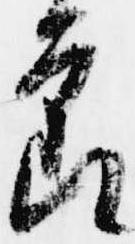
節